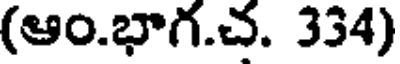
(ఆం.భాగ.చ. 334)